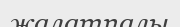
жалатпалы